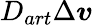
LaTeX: D_{art}\Delta\boldsymbol{v}